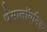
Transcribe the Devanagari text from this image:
थेसालॉयनिक